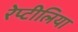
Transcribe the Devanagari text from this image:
रेप्टीलिया